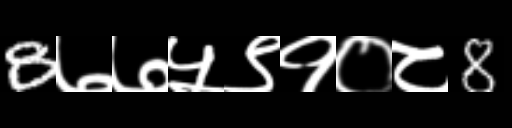
Text: 8७७५९१०८8